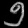
Digit: ၅